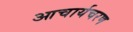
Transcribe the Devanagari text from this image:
आचार्यचरण